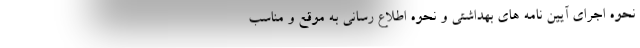
نحوه اجرای آیین نامه های بهداشتی و نحوه اطلاع رسانی به موقع و مناسب